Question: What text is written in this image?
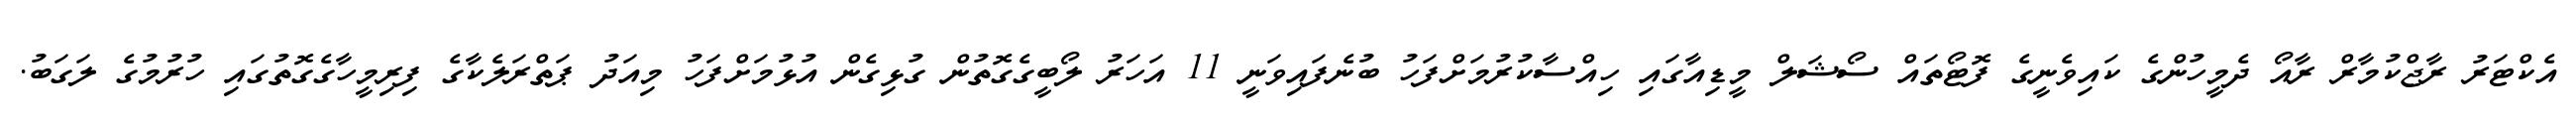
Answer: އެކްޓަރު ރާޖްކުމާރް ރާއޯ ދެމީހުންގެ ކައިވެނީގެ ފޮޓޯތައް ސޯޝަލް މީޑިއާގައި ހިއްސާކުރުމަށްފަހު ބުނެފައިވަނީ 11 އަހަރު ލޯބީގެގޮތުން ގުޅިގެން އުޅުމަށްފަހު މިއަދު ޕަތްރަލެކާގެ ފިރިމީހާގެގޮތުގައި ހުރުމުގެ ލަގަބު.